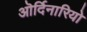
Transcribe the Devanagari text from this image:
ऒर्दिनारियो